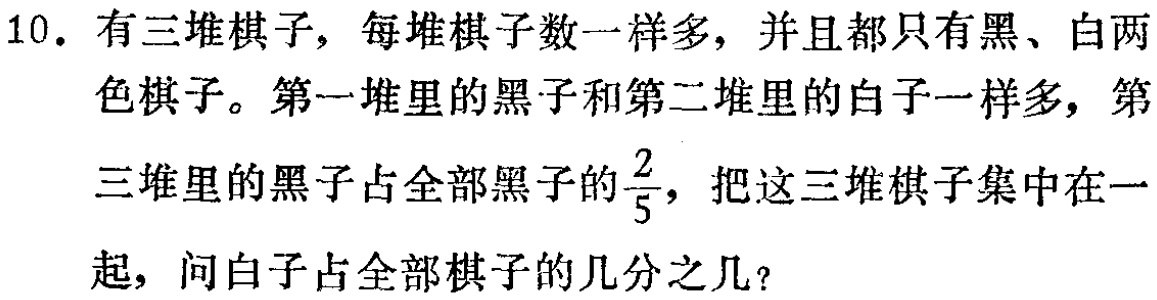
10. 有三堆棋子，每堆棋子数一样多，并且都只有黑、白两色棋子。第一堆里的黑子和第二堆里的白子一样多，第三堆里的黑子占全部黑子的$\frac{2}{5}$，把这三堆棋子集中在一起，问白子占全部棋子的几分之几？